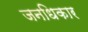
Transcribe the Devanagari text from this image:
जनधिकार